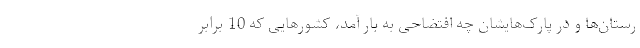
رستان‌ها و در پارک‌هایشان چه افتضاحی به بار آمد، کشورهایی که 10 برابر